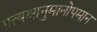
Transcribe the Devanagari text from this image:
प्रत्यक्षानुमानोपमान